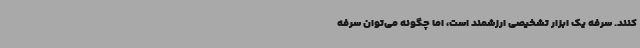
‌کنند. سرفه یک ابزار تشخیصی ارزشمند است، اما چگونه می‌توان سرفه‌